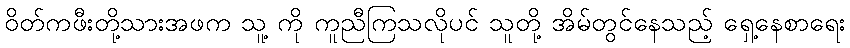
ဝိတ်ကဖီးတို့သားအဖက သူ့ ကို ကူညီကြသလိုပင် သူတို့ အိမ်တွင်နေသည့် ရှေ့နေစာရေး